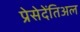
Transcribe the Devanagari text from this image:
प्रेसेदेंतिअल